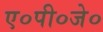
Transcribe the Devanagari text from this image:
ए०पी०जे०